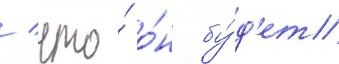
/ что́ о́н бу́д'ет